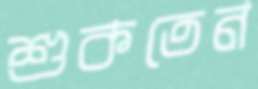
শুকতেন